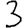
Digit: 3